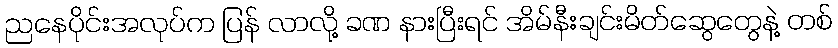
ညနေပိုင်းအလုပ်က ပြန် လာလို့ ခဏ နားပြီးရင် အိမ်နီးချင်းမိတ်ဆွေတွေနဲ့ တစ်